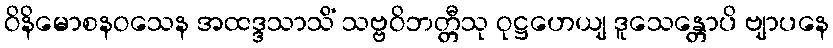
ဝိနိမောစနဝသေန အထဒ္ဒသာသိံ သဗ္ဗဝိဘတ္တီသု ဝုဋ္ဌဟေယျ ဒူသေန္တောပိ ဗျာပနေ